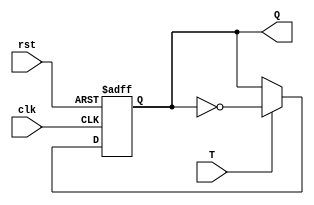
`timescale 1ns / 1ps
//////////////////////////////////////////////////////////////////////////////////
// Company: 
// Engineer: 
// 
// Design Name: 
// Module Name: report4_TFF
// Project Name: 
// Target Devices: 
// Tool Versions: 
// Description: 
// 
// Dependencies: 
// 
// Revision:
// Revision 0.01 - File Created
// Additional Comments:
// 
//////////////////////////////////////////////////////////////////////////////////


module report4_TFF(clk, rst, T, Q);
input T, clk, rst;
output reg Q;

always @(posedge clk or negedge rst)
begin
if(!rst)
Q<=1'b0;
else if(T)
Q<=~Q;
end
endmodule